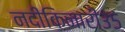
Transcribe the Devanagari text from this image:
नदीकिनारी३५